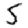
Digit: 5